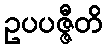
ဥပပဇ္ဇီတိ